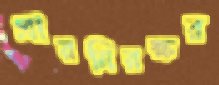
প্রায়নিরক্ষর